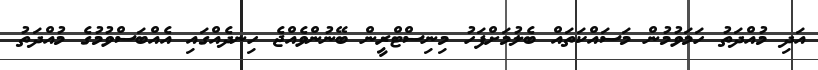
އަދި މުއްދަތު ހަމަވުމުން މަސައްކަތައް ބެލުމަށްފަހު މިނިސްޓްރީން ބޭނުންވެއްޖެ ހިނދެއްގައި އެއްބަސްވުމުގެ މުއްދަތު